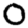
Digit: 0